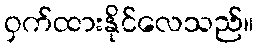
ဝှက်ထားနိုင်လေသည်။